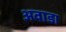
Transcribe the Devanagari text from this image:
अवाडा